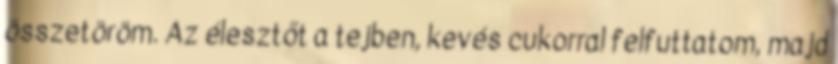
összetöröm. Az élesztőt a tejben, kevés cukorral felfuttatom, majd